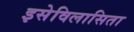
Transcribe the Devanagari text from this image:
इसेविलासिता